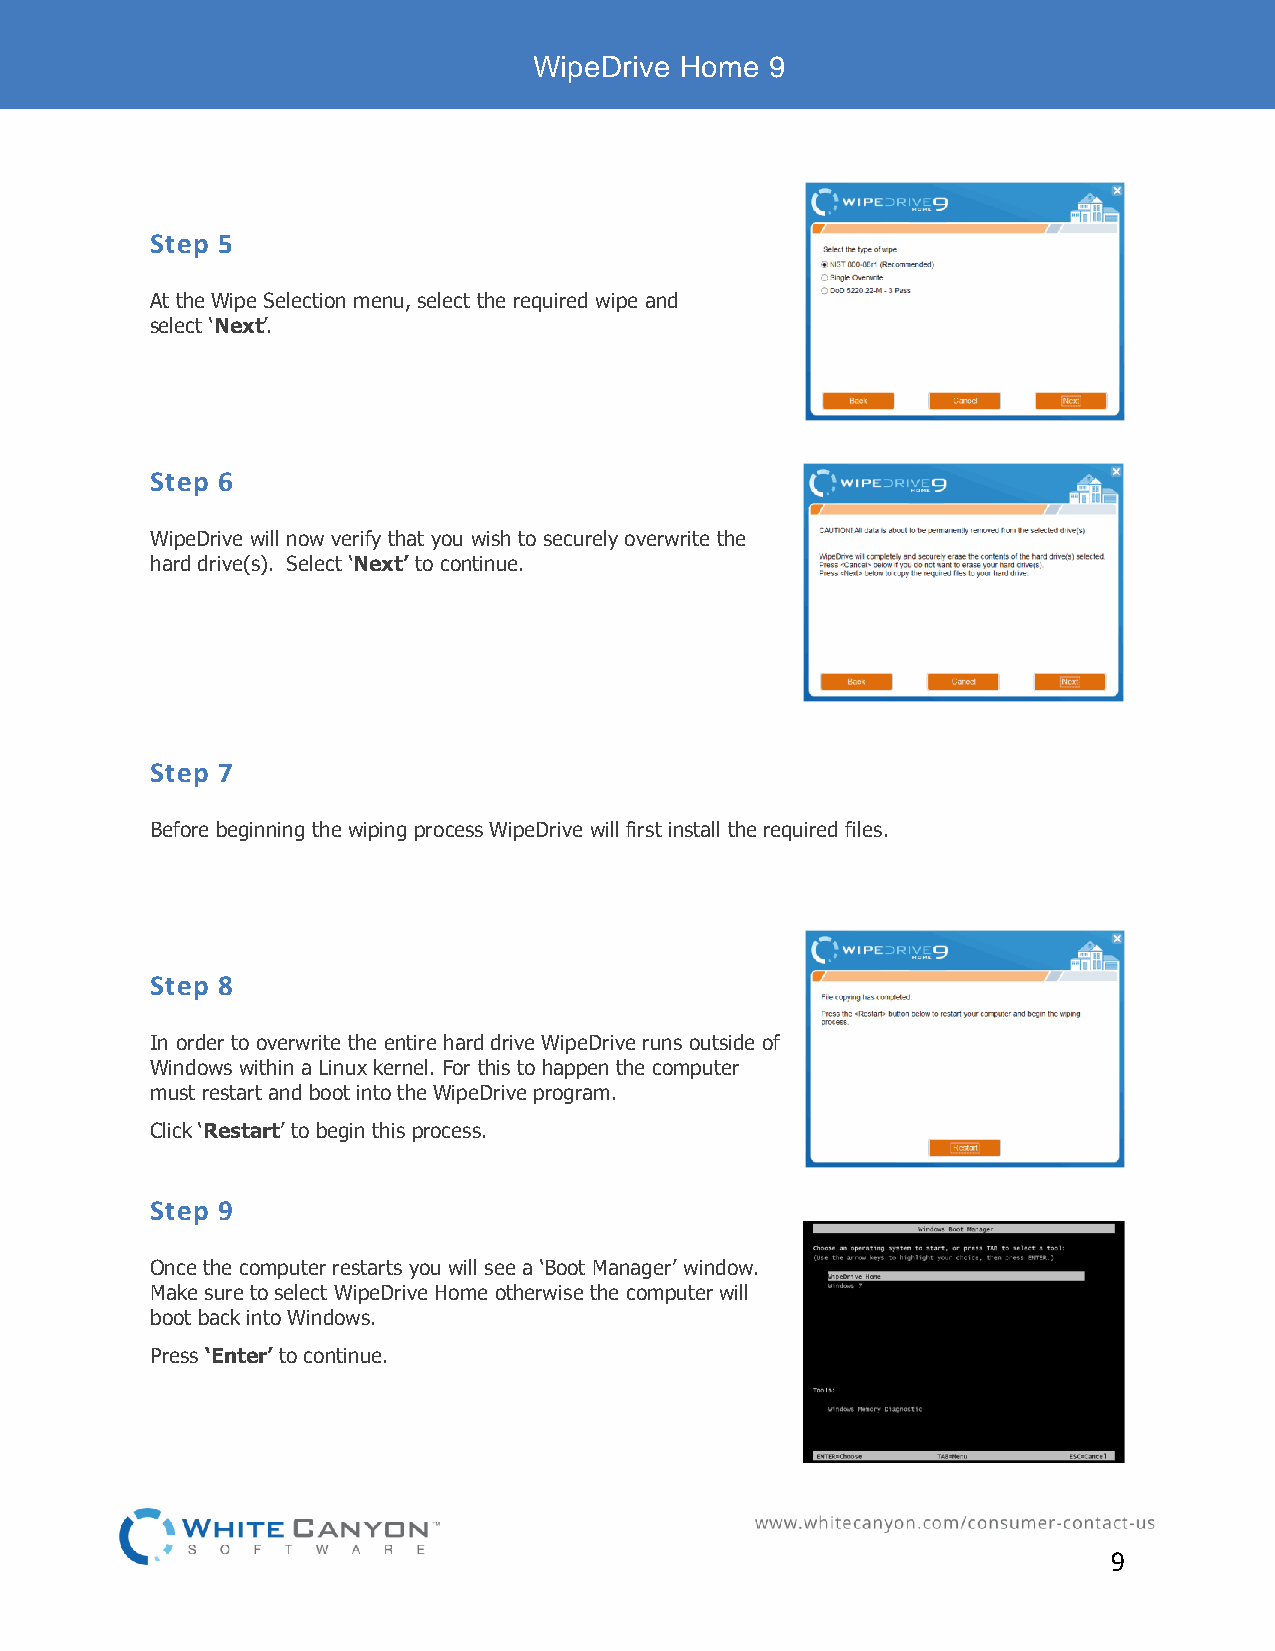
WipeDrive Home  9
 Step 5
 At the Wipe Selection menu, select the required wipe and
 select ‘Next’.
 Step 6
 WipeDrive will now verify that you wish to securely overwrite the
 hard drive(s). Select ‘Next’ to continue.
 Step 7
 Before beginning the wiping process WipeDrive will first install the required files.
 Step 8
 In order to overwrite the entire hard drive WipeDrive runs outside of
 Windows within a Linux kernel. For this to happen the computer
 must restart and boot into the WipeDrive program.
 Click ‘Restart’ to begin this process.
 Step 9
 Once the computer restarts you will see a ‘Boot Manager’ window.
 Make sure to select WipeDrive Home otherwise the computer will
 boot back into Windows.
 Press ‘Enter’ to continue.
 9